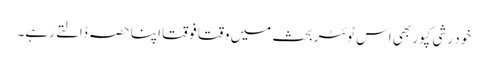
خود رشی کپور بھی اس ٹوئٹر بحث میں وقتا فوقتا اپنا حصہ ڈالتے رہے۔